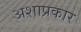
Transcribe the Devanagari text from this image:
अशाप्रकार